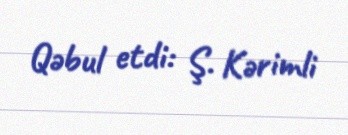
Qəbul etdi: Ş. Kərimli